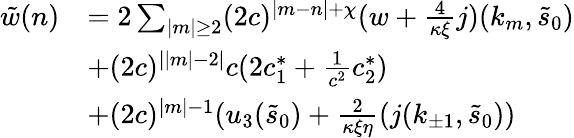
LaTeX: \begin{array}{rl}{\tilde{w}(n)}&{=2\sum_{\vert m\vert\ge 2}(2c)^{\vert m-n\vert+\chi}(w+\frac{4}{\kappa\xi}j)(k_{m},\tilde{s}_{0})}\\ &{+(2c)^{\vert\vert m\vert-2\vert}c(2c_{1}^{\ast}+\frac 1{c^{2}}c_{2}^{\ast})}\\ &{+(2c)^{\vert m\vert-1}(u_{3}(\tilde{s}_{0})+\frac 2{\kappa\xi\eta}(j(k_{\pm 1},\tilde{s}_{0}))}\end{array}